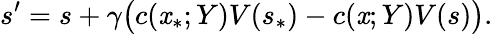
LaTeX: s^{\prime}=s+\gamma\bigl(c(\mathit{x}_{\ast};Y)V(s_{\ast})-c(\mathit{x};Y)V(s)\bigr).